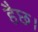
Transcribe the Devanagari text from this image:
हैछ।